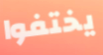
يختفوا